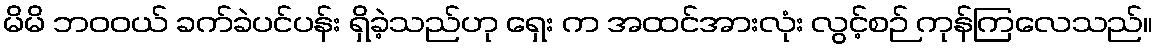
မိမိ ဘဝဝယ် ခက်ခဲပင်ပန်း ရှိခဲ့သည်ဟု ရှေး က အထင်အားလုံး လွင့်စဉ် ကုန်ကြလေသည်။